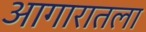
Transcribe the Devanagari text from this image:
आगारातला